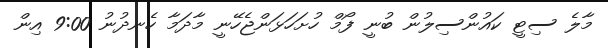
މާލެ ސިޓީ ކައުންސިލުން ބުނީ ފޯމް ހުށަހަޅަންޖެހޭނީ މާދަމާ ހެނދުނު 9:00 އިން